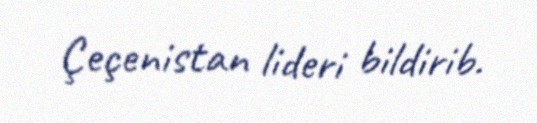
Çeçenistan lideri bildirib.